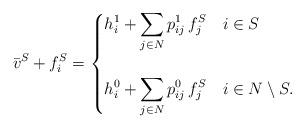
LaTeX: \begin{align*}\bar{v}^S + f_i^S = \begin{cases}\displaystyle h_i^1 + \sum_{j \in N} p_{ij}^1 \, f^S_j & i \in S \\ \\\displaystyle h_i^0 + \sum_{j \in N} p_{ij}^0 \, f^S_j & i \in N \setminus S.\end{cases}\end{align*}